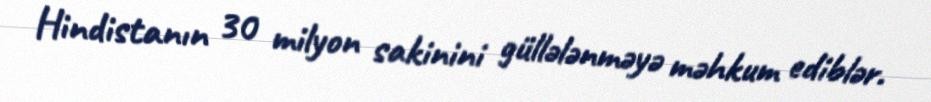
Hindistanın 30 milyon sakinini güllələnməyə məhkum ediblər.